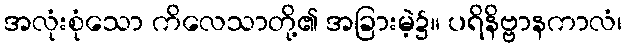
အလုံးစုံသော ကိလေသာတို့၏ အခြားမဲ့၌။ ပရိနိဗ္ဗာနကာလံ၊